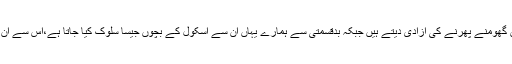
وسیم اکرم نے کہا کہ دیگر ممالک اپنے کھلاڑیوں کو ٹورز کے دوران گھومنے پھرنے کی آزادی دیتے ہیں جبکہ بدقسمتی سے ہمارے یہاں ان سے اسکول کے بچوں جیسا سلوک کیا جاتا ہے،اس سے ان کا اعتماد متاثر ہوتا بلکہ بطور پروفیشنل کرکٹر بھی منفی اثر پڑتا ہے۔